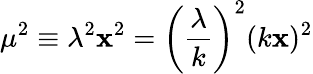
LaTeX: \mu^{2}\equiv\lambda^{2}\mathbf{x}^{2}=\left(\frac{{\lambda}}{{k}}\right)^{2}(k\mathbf{x})^{2}